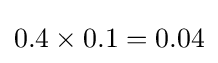
0.4\times 0.1=0.04